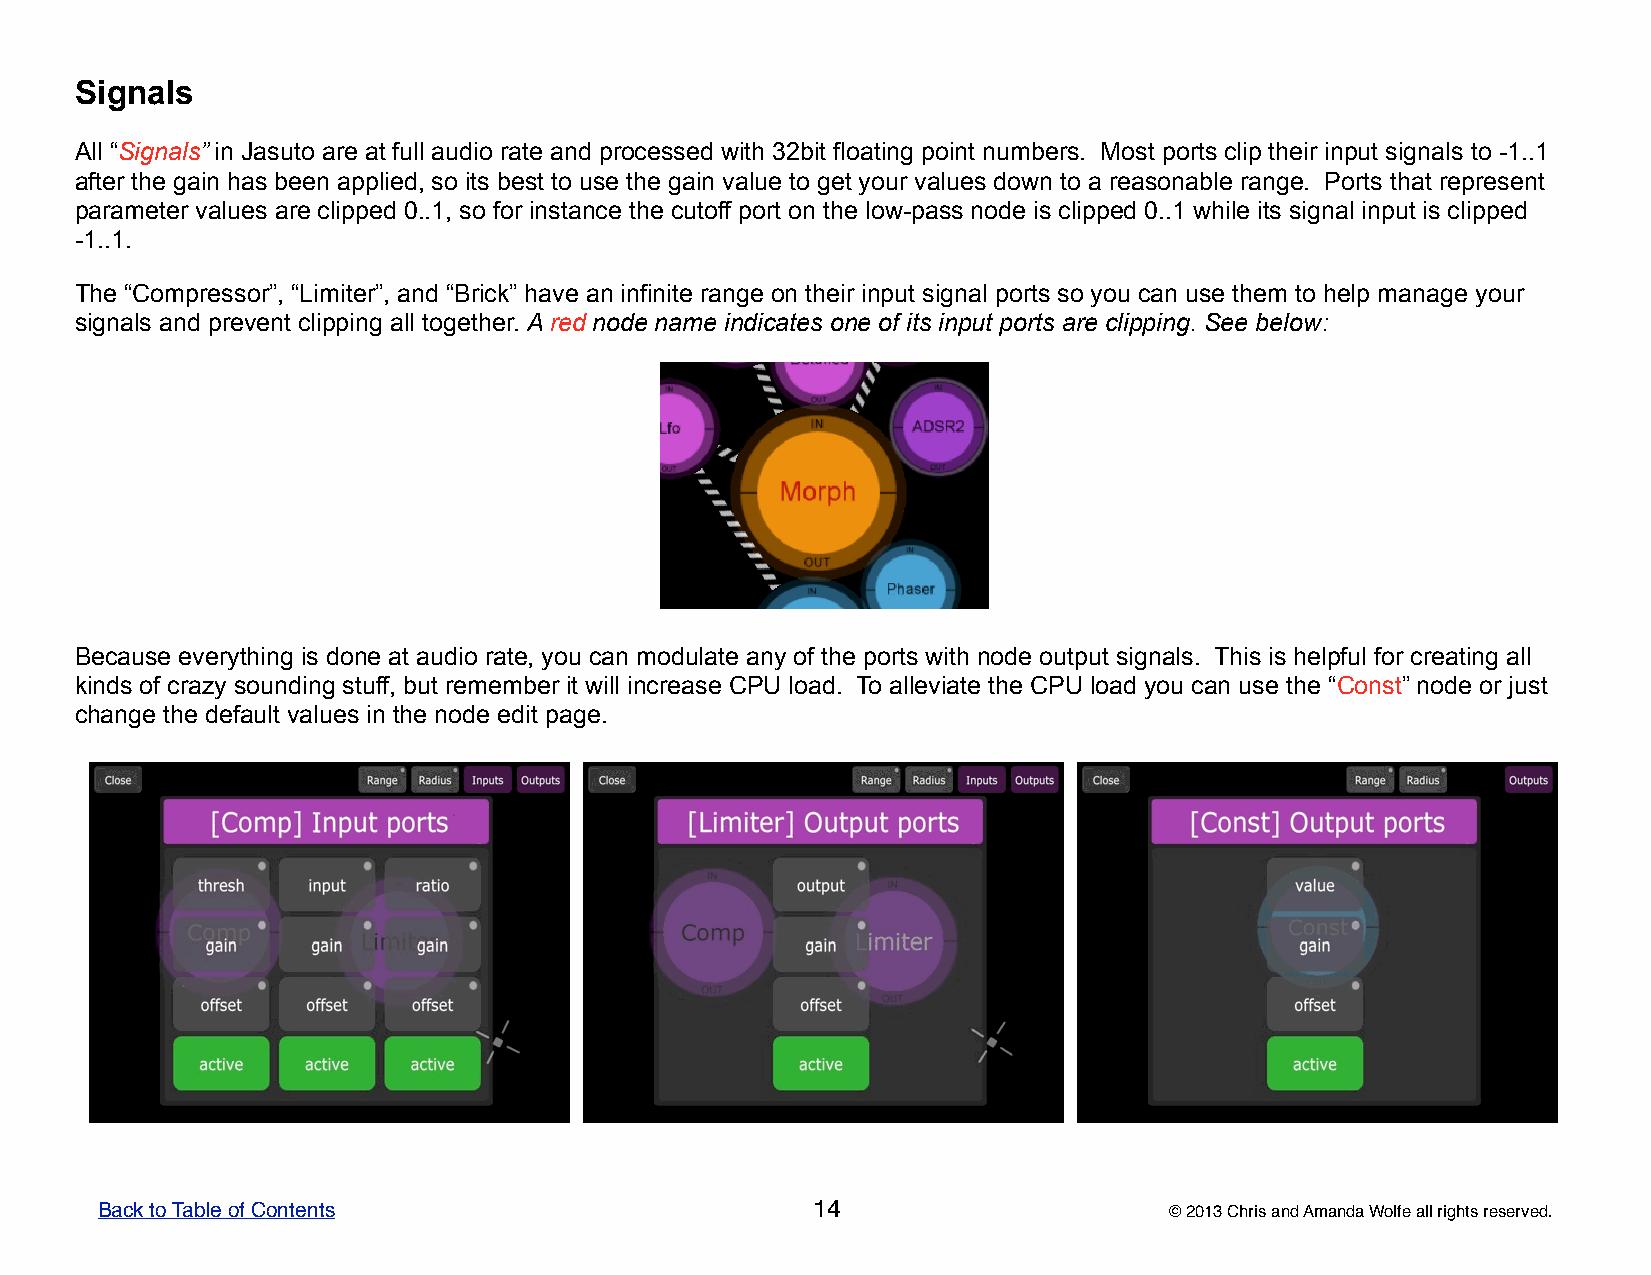
Signals
 All “Signals” in Jasuto are at full audio rate and processed with 32bit floating point numbers. Most ports clip their input signals to -1..1
 after the gain has been applied, so its best to use the gain value to get your values down to a reasonable range. Ports that represent
 parameter values are clipped 0..1, so for instance the cutoff port on the low-pass node is clipped 0..1 while its signal input is clipped
 -1..1.
 The “Compressor”, “Limiter”, and “Brick” have an infinite range on their input signal ports so you can use them to help manage your
 signals and prevent clipping all together. A red node name indicates one of its input ports are clipping. See below:
 Because everything is done at audio rate, you can modulate any of the ports with node output signals. This is helpful for creating all
 kinds of crazy sounding stuff, but remember it will increase CPU load. To alleviate the CPU load you can use the “Const” node or just
 change the default values in the node edit page.
 Back to Table of Contents                       14                     © 2013 Chris and Amanda Wolfe all rights reserved.